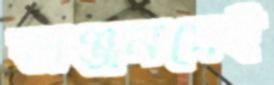
অঞ্জনসেই